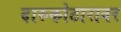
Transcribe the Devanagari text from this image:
दारुकोठारावर